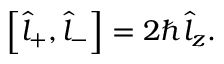
\begin{array} { r } { \left[ \hat { l } _ { + } , \hat { l } _ { - } \right] = 2 \hbar \hat { l } _ { z } . } \end{array}